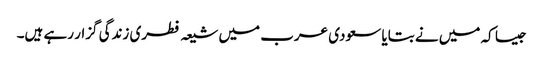
جیسا کہ میں نے بتایا سعودی عرب میں شیعہ فطری زندگی گزار رہے ہیں۔